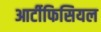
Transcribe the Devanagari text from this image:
आर्टीफिसियल